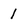
Character: 1